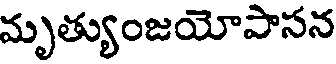
మృత్యుంజయోపాసన